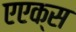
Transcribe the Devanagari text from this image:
एएक्स